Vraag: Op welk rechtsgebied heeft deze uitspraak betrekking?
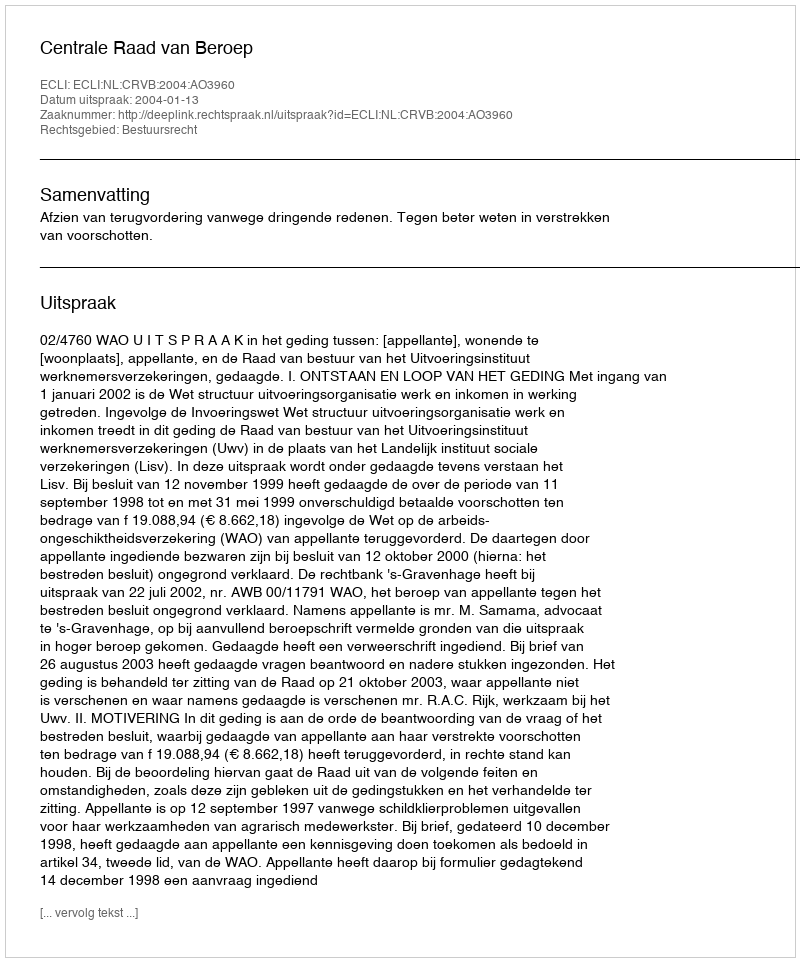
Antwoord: Bestuursrecht